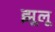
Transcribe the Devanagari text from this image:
झूलू